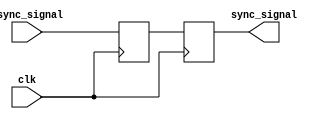
module dual_ff_synchronizer (
    input wire clk,          // Receiving clock (slower clock domain)
    input wire async_signal, // Asynchronous input signal from the faster clock domain
    output reg sync_signal   // Synchronized output signal
);

    // Internal signals for the first flip-flop
    reg ff1_out;

    // First flip-flop: captures the asynchronous signal
    always @(posedge clk) begin
        ff1_out <= async_signal; // Capture the asynchronous signal
    end

    // Second flip-flop: provides additional synchronization
    always @(posedge clk) begin
        sync_signal <= ff1_out; // Output of the first flip-flop
    end

endmodule